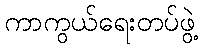
ကာကွယ်ရေးတပ်ဖွဲ့